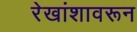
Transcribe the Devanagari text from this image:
रेखांशावरून